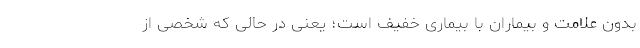
بدون علامت و بیماران با بیماری خفیف است؛ یعنی در حالی که شخصی از